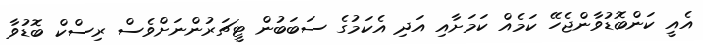
އެއީ ކަންބޮޑުވާންޖެހޭ ކަމެއް ކަމަށާއި އަދި އެކަމުގެ ސަބަބުން ޓީޗަރުންނަށްވެސް ރިސްކް ބޮޑުވާ